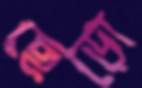
ছেড়ো